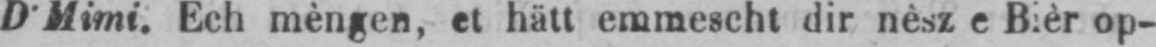
D’Mimi. Ech mèngen, et hätt emmescht dir nêsz e Bièr op-